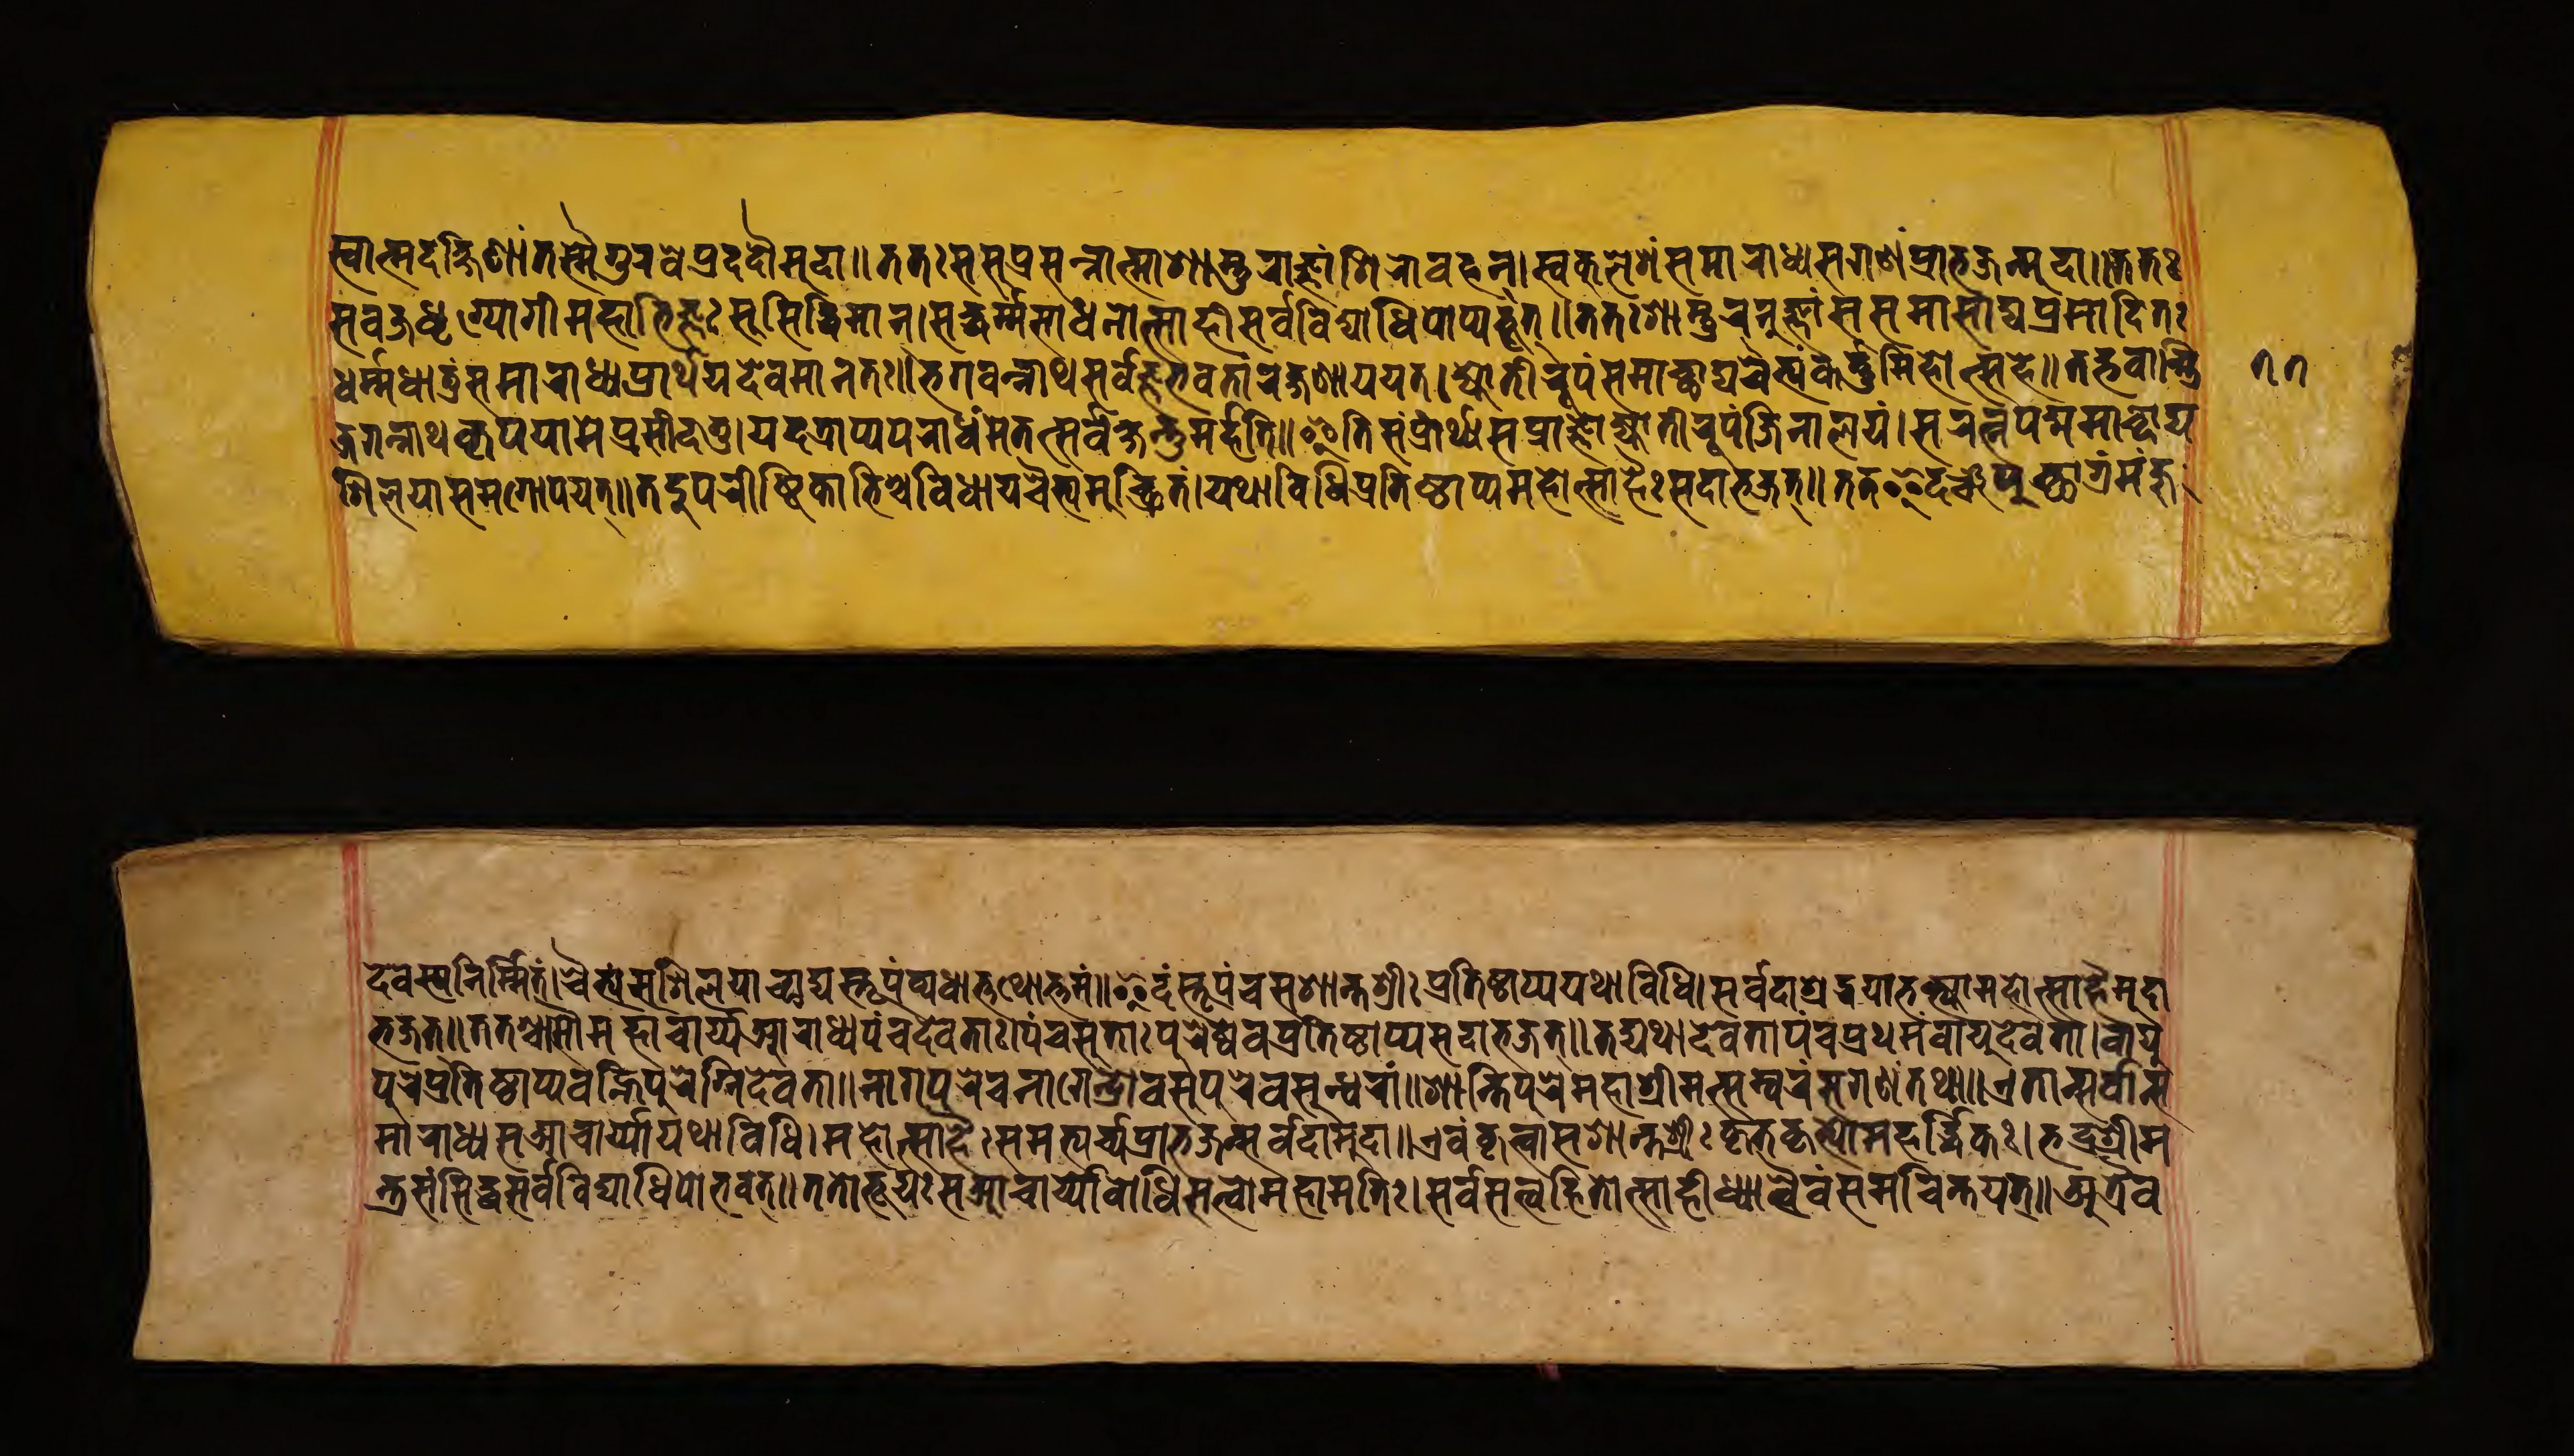
𑐳𑑂𑐰𑐵𑐟𑑂𑐩𑐵𑐡𑐎𑑂𑐲𑐶𑐞𑐵𑑄𑐟𑐳𑑂𑐩𑐿𑐐𑐸𑐬𑐰𑐾𑐥𑑂𑐬𑐡𑐡𑑁𑐩𑐸𑐡𑐵𑑌𑐟𑐟𑑅𑐳𑐰𑐖𑑂𑐬𑐢𑐺𑐐𑑂𑐫𑑀𑐐𑐷𑐩𑐴𑐵𑐨𑐶𑐖𑑂𑐘𑑅𑐳𑐸𑐳𑐶𑐡𑑂𑐢𑐶𑐩𑐵𑐣𑑂𑑋𑐳𑑂𑐰𑐎𑐸𑐮𑐾𑐱𑑄𑐳𑐩𑐵𑐬𑐵𑐢𑑂𑐫𑐳𑐐𑐞𑑄𑐥𑑂𑐬𑐵𑐨𑐖𑐣𑑂𑐩𑐸𑐡𑐵𑑌𑐟𑐟𑑅 𑐳𑐰𑐖𑑂𑐬𑐢𑐺𑐐𑑂𑐫𑑀𑐐𑐷𑐩𑐴𑐵𑐨𑐶𑐖𑑂𑐘𑑅𑐳𑐸𑐳𑐶𑐡𑑂𑐢𑐶𑐩𑐵𑐣𑑂𑑋𑐳𑐡𑑂𑐢𑐬𑑂𑐩𑑂𑐩𑐳𑐵𑐢𑐣𑑀𑐟𑑂𑐳𑐵𑐴𑐷𑐳𑐬𑑂𑐰𑐰𑐶𑐡𑑂𑐫𑐵𑐢𑐶𑐥𑑀𑐥𑑂𑐫𑐨𑐹𑐟𑑂𑑌𑐟𑐟𑑅𑐳𑐵𑐳𑑂𑐟𑐸𑐬𑐣𑐸𑐖𑑂𑐘𑐵𑑄𑐳𑐳𑐩𑐵𑐳𑐵𑐡𑑂𑐫𑐥𑑂𑐬𑐳𑐵𑐡𑐶𑐟𑑅 𑐢𑐬𑑂𑐩𑐢𑐵𑐟𑐸𑑄𑐳𑐩𑐵𑐬𑐵𑐢𑑂𑐫𑐥𑑂𑐬𑐵𑐬𑑂𑐠𑐫𑐡𑐾𑐰𑐩𑐵𑐣𑐟𑑅𑑌𑐨𑐐𑐰𑐣𑑂𑐣𑐵𑐠𑐳𑐬𑑂𑐰𑐖𑑂𑐘𑐨𑐰𑐟𑐵𑑄𑐬𑐎𑑂𑐲𑐞𑐵𑐫𑐫𑐟𑑂𑑋𑐖𑑂𑐫𑑀𑐟𑐷𑐬𑐹𑐥𑑄𑐳𑐩𑐵𑐔𑑂𑐕𑐵𑐡𑑂𑐫𑐔𑐿𑐟𑑂𑐫𑑄𑐎𑐬𑑂𑐟𑑂𑐟𑐸𑐩𑐶𑐴𑑀𑐟𑑂𑐳𑐴𑐾𑑌𑐟𑐡𑑂𑐨𑐰𑐵𑐣𑑂𑐟𑑂𑐬𑐶 𑐖𑐐𑐣𑑂𑐣𑐵𑐠𑐎𑐺𑐥𑐫𑐵𑐩𑐾𑐥𑑂𑐬𑐳𑐷𑐡𑐟𑐸𑑋𑐫𑐡𑐟𑑂𑐬𑐵𑐥𑑂𑐫𑐥𑐬𑐵𑐬𑑂𑐢𑐩𑐾𑐟𑐟𑑂𑐳𑐬𑑂𑐰𑐎𑑂𑐲𑐣𑑂𑐟𑐸𑐩𑐬𑑂𑐴𑐟𑐶𑑌𑐂𑐟𑐶𑐳𑑄𑐥𑑂𑐬𑐵𑐬𑑂𑐠𑑂𑐫𑐳𑐥𑑂𑐬𑐵𑐖𑑂𑐘𑐖𑑂𑐫𑑀𑐟𑐷𑐬𑐹𑐥𑑄𑐖𑐶𑐣𑐵𑐮𑐫𑑄𑑋𑐳𑐬𑐟𑑂𑐣𑐥𑐡𑑂𑐩𑑂𑐩𑐵𑐕𑐵𑐫 𑐱𑐶𑐮𑐫𑐵𑐳𑐩𑐐𑑀𑐥𑐫𑐟𑑂𑑌𑐟𑐡𑐸𑐥𑐬𑐷𑐲𑑂𑐚𑐶𑐎𑐵𑐨𑐶𑐱𑑂𑐔𑐰𑐶𑐢𑐵𑐫𑐔𑐿𑐟𑑂𑐫𑐩𑐸𑐔𑑂𑐕𑑂𑐬𑐶𑐟𑑄𑑋𑐫𑐠𑐵𑐰𑐶𑐢𑐶𑐥𑑂𑐬𑐟𑐶𑐲𑑂𑐛𑐵𑐥𑑂𑐫𑐩𑐴𑑀𑐟𑑂𑐳𑐵𑐴𑐿𑑅𑐳𑐡𑐵𑐨𑐖𑐟𑑂𑑌𑐟𑐟𑐿𑐡𑐘𑑂𑐔𑐥𑐸𑐔𑑂𑐕𑐵𑐐𑑂𑐬𑑄𑐩𑐘𑑂𑐖𑐸 𑐡𑐾𑐰𑐳𑑂𑐫𑐣𑐶𑐬𑑂𑐩𑑂𑐩𑐶𑐟𑑄𑑋𑐔𑐿𑐟𑑂𑐫𑑄𑐳𑐱𑐶𑐮𑐫𑐵𑐕𑐵𑐡𑑂𑐫𑐳𑑂𑐟𑐹𑐥𑑄𑐰𑑂𑐫𑐢𑐵𑐟𑑂𑐟𑐠𑑀𑐟𑑂𑐟𑐩𑑄𑑌𑐂𑐡𑑄𑐳𑑂𑐟𑐹𑐥𑑄𑐔𑐳𑐱𑐵𑐣𑑂𑐟𑐱𑑂𑐬𑐷𑑅𑐥𑑂𑐬𑐟𑐶𑐲𑑂𑐛𑐵𑐥𑑂𑐫𑐫𑐠𑐵𑐰𑐶𑐢𑐶𑑋𑐳𑐬𑑂𑐰𑐡𑐵𑐱𑑂𑐬𑐡𑑂𑐢𑐫𑐵𑐨𑐎𑑂𑐟𑑂𑐫𑐵𑐩𑐴𑑀𑐟𑑂𑐳𑐵𑐴𑐿𑐬𑑂𑐩𑐸𑐡𑐵 𑐨𑐖𑐟𑑂𑑌𑐟𑐟𑐱𑑂𑐔𑐵𑐳𑑁𑐩𑐴𑐵𑐔𑐵𑐬𑑂𑐫𑑄𑐁𑐬𑐵𑐢𑑂𑐫𑐥𑐘𑑂𑐔𑐡𑐾𑐰𑐟𑐵𑑅𑑋𑐥𑐘𑑂𑐔𑐳𑐸𑐟𑐵𑑅𑐥𑐸𑐬𑐾𑐲𑑂𑐰𑐾𑐰𑑄𑐥𑑂𑐬𑐟𑐶𑐲𑑂𑐛𑐵𑐥𑑂𑐫𑐳𑐡𑐵𑐨𑐖𑐟𑑂𑑌𑐟𑐡𑑂𑐫𑐠𑐵𑐡𑐾𑐰𑐟𑐵𑐥𑐘𑑂𑐔𑐥𑑂𑐬𑐠𑐩𑑄𑐰𑐵𑐫𑐸𑐡𑐾𑐰𑐟𑐵𑑋𑐰𑐵𑐫𑐸 𑐥𑐸𑐬𑐾𑐥𑑂𑐬𑐟𑐶𑐲𑑂𑐛𑐵𑐥𑑂𑐫𑐰𑐴𑑂𑐣𑐶𑐥𑐸𑐬𑑀𑐐𑑂𑐣𑐶𑐡𑐾𑐰𑐟𑐵𑑌𑐣𑐵𑐐𑐥𑐸𑐬𑐾𑐔𑐣𑐵𑐐𑐾𑐣𑑂𑐡𑑂𑐬𑑀𑐰𑐳𑐸𑐥𑐸𑐬𑐾𑐰𑐳𑐸𑐣𑑂𑐢𑐬𑐵𑑄𑑌𑐱𑐵𑐣𑑂𑐟𑐶𑐥𑐸𑐬𑐾𑐩𑐴𑐵𑐱𑑂𑐬𑐷𑐩𑐟𑑂𑐳𑐩𑑂𑐧𑐬𑑄𑐳𑐸𑐐𑐞𑑄𑐟𑐠𑐵𑑌𑐊𑐟𑐵𑐣𑑂𑐳𑐬𑑂𑐰𑐵𑐣𑑂𑐳 𑐩𑐵𑐬𑐵𑐢𑑂𑐫𑐳𑐁𑐔𑐵𑐬𑑂𑐫𑐫𑐠𑐵𑐰𑐶𑐢𑐶𑑋𑐩𑐴𑑀𑐟𑑂𑐳𑐵𑐴𑐿𑑅𑐳𑐩𑐨𑑂𑐫𑐬𑑂𑐔𑑂𑐫𑐥𑑂𑐬𑐵𑐨𑐖𑐣𑑂𑐳𑐬𑑂𑐰𑐡𑐵𑐩𑐸𑐡𑐵𑑌𑐊𑐰𑑄𑐎𑐺𑐟𑑂𑐰𑐵𑐳𑐁𑐔𑐵𑐬𑑂𑐫𑐱𑐵𑐣𑑂𑐟𑐱𑑂𑐬𑐷𑑅𑐎𑐺𑐟𑐎𑐺𑐟𑑂𑐫𑑁𑐩𑐴𑐬𑑂𑐡𑑂𑐢𑐶𑐎𑑅𑑋𑐨𑐡𑑂𑐬𑐱𑑂𑐬𑐷𑐩 𑐣𑑂𑐟𑑂𑐬𑐳𑑄𑐳𑐶𑐡𑑂𑐢𑑅𑐳𑐬𑑂𑐰𑐰𑐶𑐡𑑂𑐫𑐵𑐢𑐶𑐥𑑀𑐨𑐰𑐟𑑂𑑌𑐟𑐟𑑀𑐨𑐹𑐫𑑅𑐳𑐁𑐔𑐵𑐬𑑂𑐫𑑀𑐧𑑀𑐢𑐶𑐳𑐟𑑂𑐟𑑂𑐰𑐵𑐩𑐴𑐵𑐩𑐟𑐶𑑅𑑋𑐳𑐬𑑂𑐰𑐳𑐟𑑂𑐟𑑂𑐰𑐴𑐶𑐟𑑀𑐟𑑂𑐳𑐵𑐴𑐷𑐢𑑂𑐫𑐵𑐟𑑂𑐰𑐿𑐰𑑄𑐳𑐩𑐔𑐶𑐣𑑂𑐟𑐫𑐟𑑂𑑌𑐀𑐟𑑂𑐬𑐿𑐰 𑑗𑑗